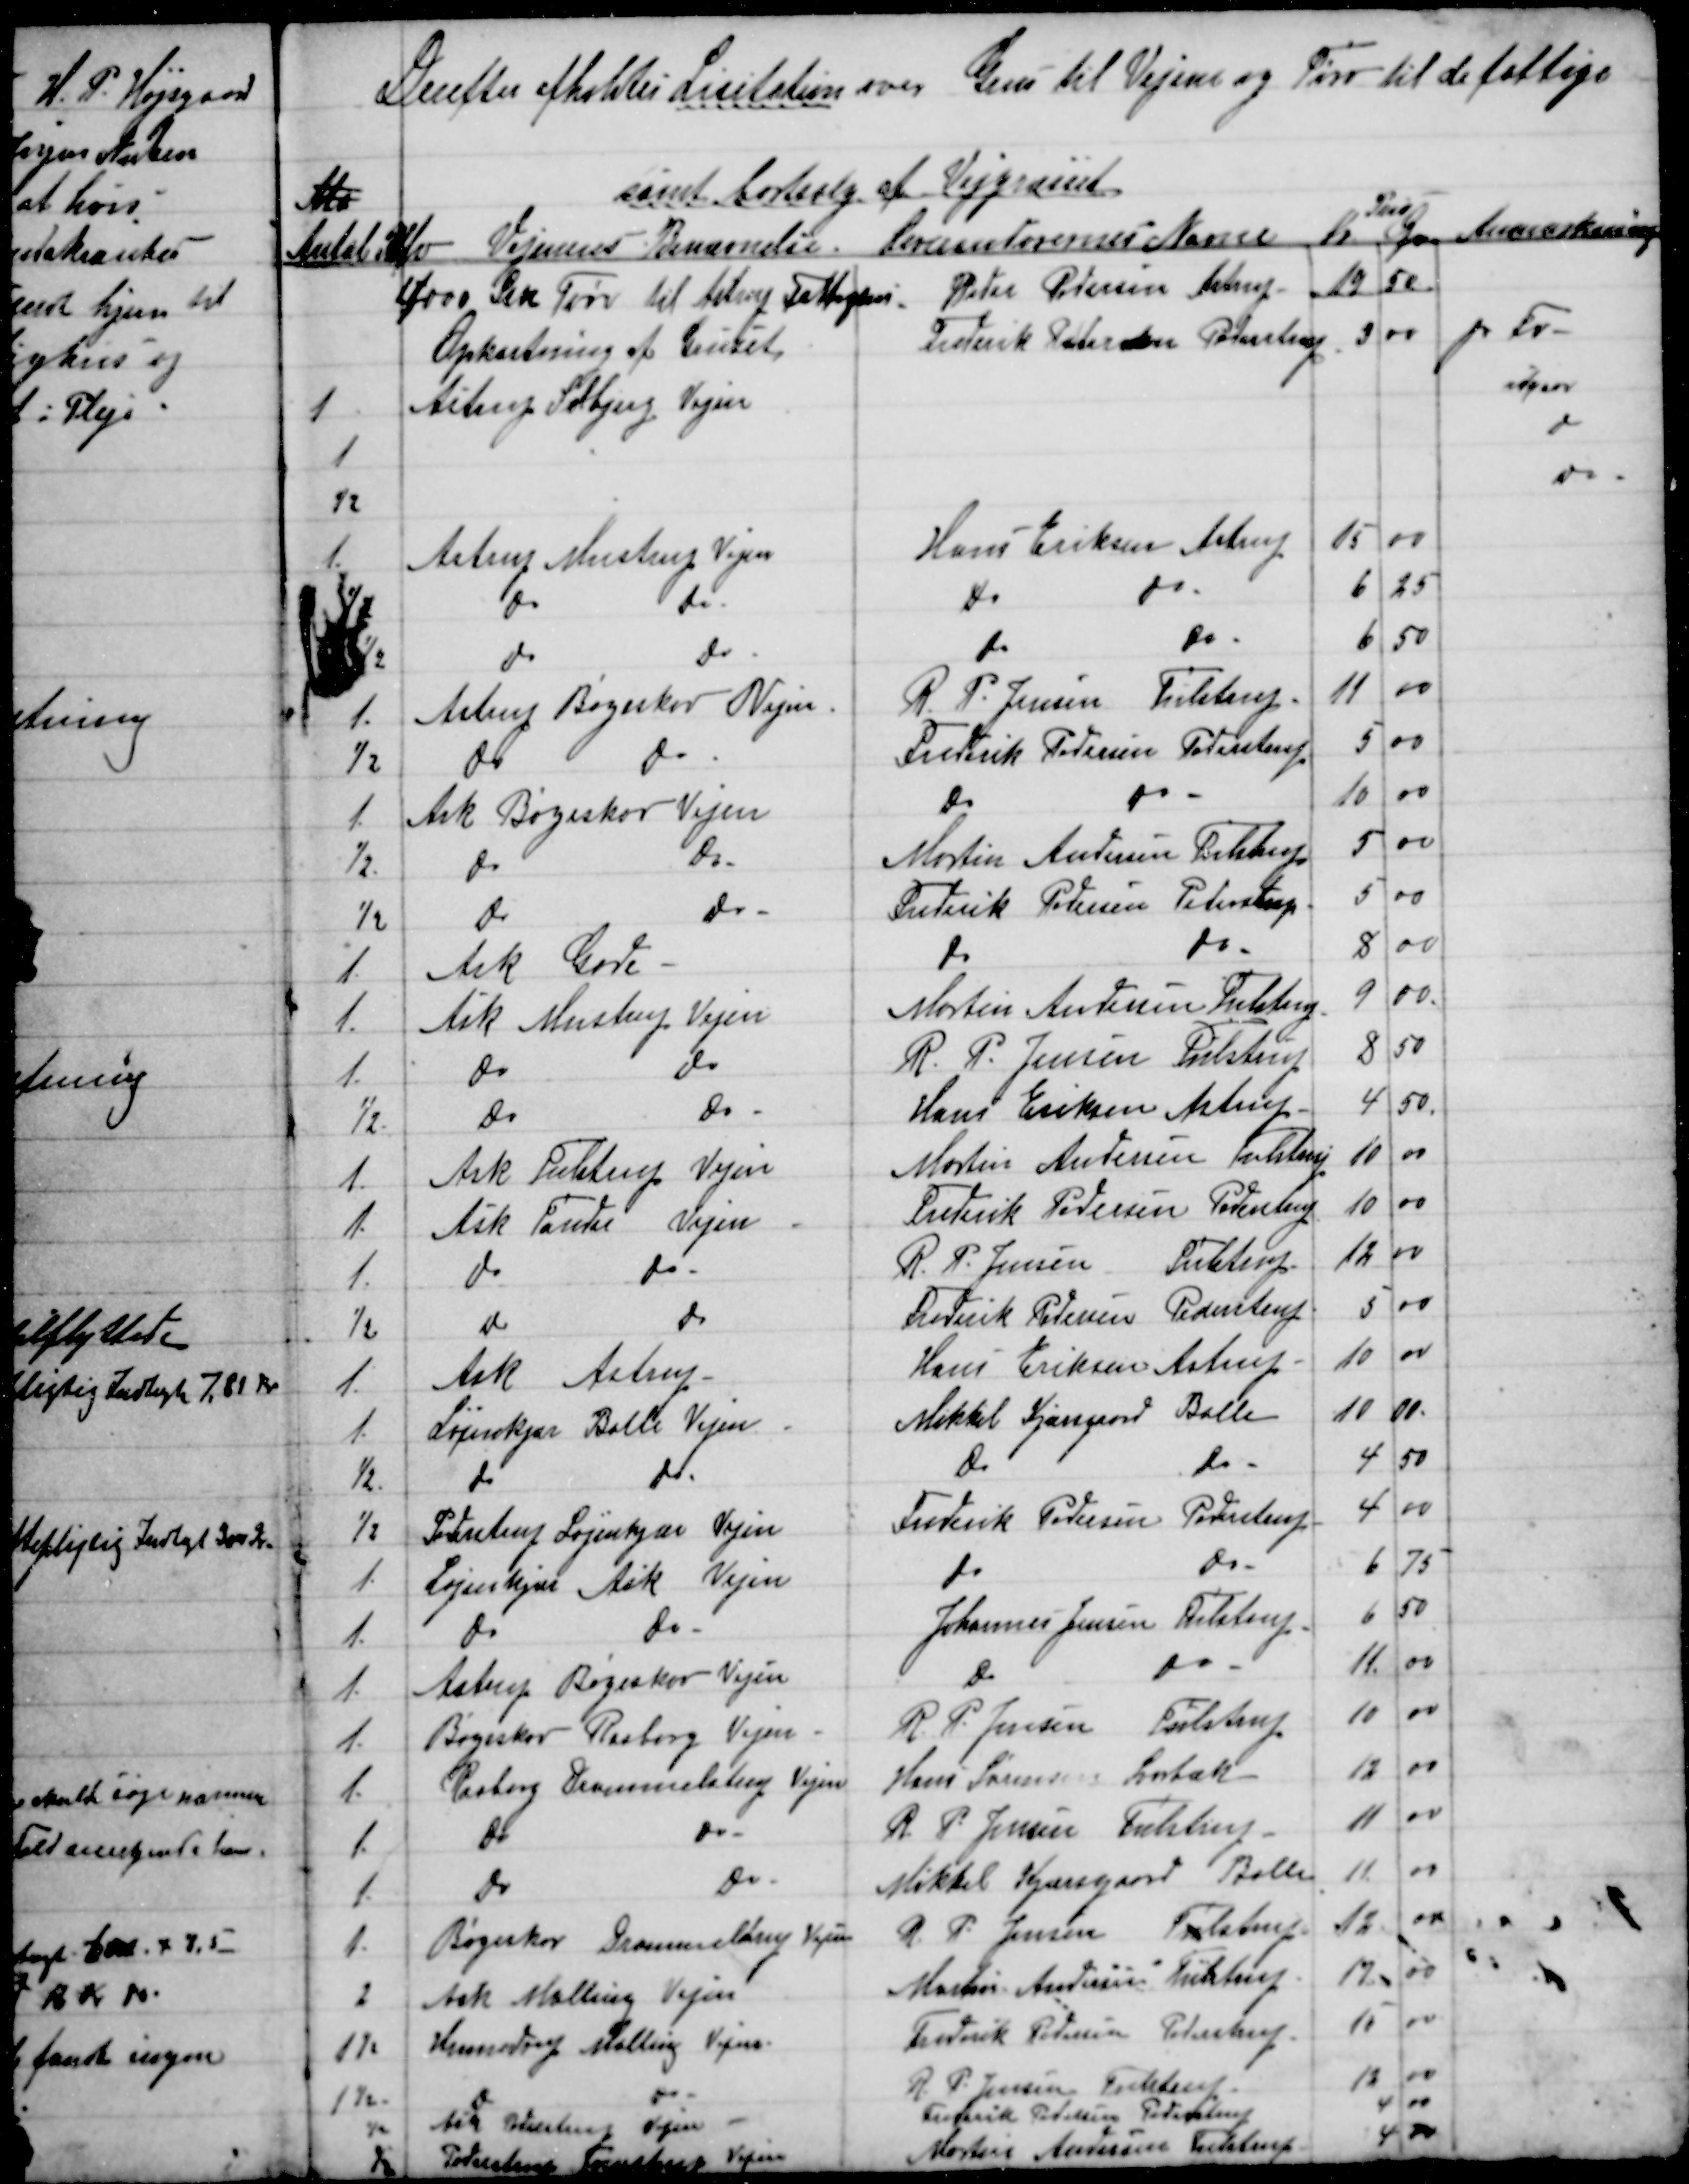
Transskription:
Derefter afholdtes Licitation over Grus til Vejene og Tørv til de fattige
Ma
samt bortsalg af Vejgræsset
Pris
Antal Cbfv Vejenes Benævnelse. Leverandørernes Navne Kr Øre Anmærkning
4000 Stk Tørv til Astrup Fattighus
Peter Pedersen Astrup
19
50
Opkastning af Gruset
Frederik Pedersen Pederstrup
3
00
pr Fv.
1
Astrup Solbjerg Vejen
udgaar
1
do
½
do
1
Astrup Mustrup Vejen
Hans Eriksen Astrup
15
00
½
do
do
do
do
6
25
½
do
do
do
do
6
50
1.
Astrup Bøgeskov Vejen
R. P. Jensen Tulstrup
11
00
½
do
do
Frederik Pedersen  Pederstrup
5
00
1.
Ask Bøgeskov Vejen
do
do
10
00
½.
do
do
Martin Andersen Tulstrup
5
00
½
do
do
Frederik Pedersen  Pederstrup
5
00
1.
Ask Gade
do 
do
8
00
1.
Ask Mustrup Vejen
Martin Andersen Tulstrup
9
00
1.
do
do
R. P. Jensen Tulstrup
8
50
½
do
do
Hans Eriksen Astrup
4
50
1.
Ask Tulstrup Vejen
Martin Andersen Tulstrup
10
00
1.
Ask Tander Vejen
Frederik Pedersen Pederstrup
10
00
1.
do
do
R. P. Jensen Tulstrup
12
00
½
do
do
Frederik Pedersen Pederstrup
5 00
1.
Ask Astrup
Hans Eriksen Astrup.
10
00
1.
Løjenkjær Balle Vejen
Mikkel Kjærsgaard Balle
10
00
½.
do
do
do
do
4
50
½
Pederstrup Løjenkjær Vejen
Frederik Pedersen Pederstrup
4
00
1.
Løjenkjær Ask Vejen
do
do
6
75
1.
do
do
Johannes Jensen Tulstrup
6
50
1.
Astrup Bøgeskov Vejen
do
do
11. 
00
1.
Bøgeskov Rasborg Vejen.
R. P. Jensen Tulstrup
10
00
1.
Rasborg Drammelstrup Vejen
Hans Sørensen Svorbæk
12
00
1
do
do
R. P. Jensen Tulstrup
11
00
1.
do
do
Mikkel Kjærsgaard Balle
11
00
1.
Bøgeskov Drammelstrup Vejen
R. P. Jensen Tulstrup
12
00
2
Ask Malling Vejen
Martin Andersen Tulstrup
17
00
1½
Hinnedrup Malling Vejen.
Frederik Pedersen Pederstrup
15
00
1½
do
do
R. P. Jensen Tulstrup
13
00
½
Ask Pederstrup Vejen
Frederik Pedersen Pederstrup
4
00
½
Pederstrup Tvenstrup
Vejen
Martin Andersen Tulstrup
4 00